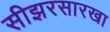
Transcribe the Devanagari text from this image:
सीझरसारखा